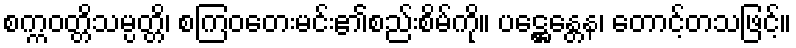
စက္ကဝတ္တိသမ္ပတ္တိ၊ စကြဝတေးမင်း၏စည်းစိမ်ကို။ ပဋ္ဌေန္တေန၊ တောင့်တသဖြင့်။